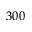
3 0 0